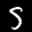
Label: 5